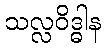
သလ္လဝိဒ္ဓါန